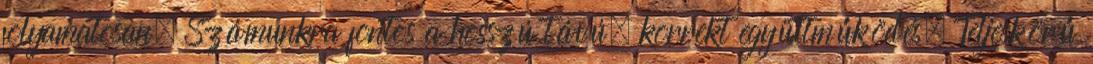
folyamatosan. Számunkra fontos a hosszú távú, korrekt együttműködés. Teljeskörű